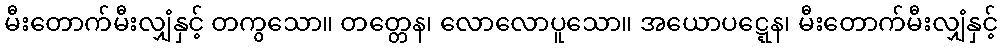
မီးတောက်မီးလျှံနှင့် တကွသော။ တတ္တေန၊ လောလောပူသော။ အယောပဋ္ဋေန၊ မီးတောက်မီးလျှံနှင့်